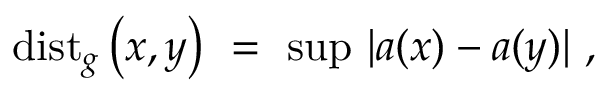
\mathrm { d i s t } _ { g } \left( x , y \right) \ = \ \mathrm { s u p } \ | a ( x ) - a ( y ) | \ ,